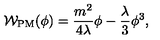
{ \cal W } _ { \mathrm { P M } } ( \phi ) = \frac { m ^ { 2 } } { 4 \lambda } \phi - \frac { \lambda } { 3 } \phi ^ { 3 } ,